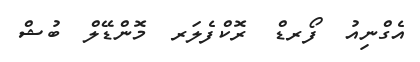
އެގްނިއު  ފޯރޑް  ރޮކްފެލަރ  މޮންޑޭލް  ބުޝް